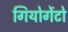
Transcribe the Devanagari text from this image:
गियोर्गेटो